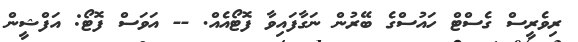
ރިވެރީސް ގެސްޓް ހައުސްގެ ބޭރުން ނަގާފައިވާ ފޮޓޯއެއް. -- އަވަސް ފޮޓޯ: އަފްޝީން